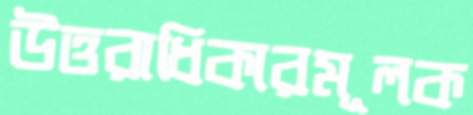
উত্তরাধিকারমূলক